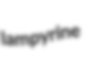
lampyrine